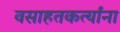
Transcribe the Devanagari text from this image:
वसाहतकर्त्यांना